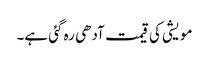
مویشی کی قیمت آدھی رہ گئی ہے۔